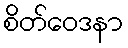
စိတ်ဝေဒနာ